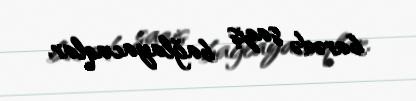
barədə saziş bağlayacaqlar.